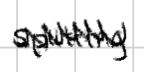
Text: splitting
Cross-out: zig-zag
Writing tool: digital_black